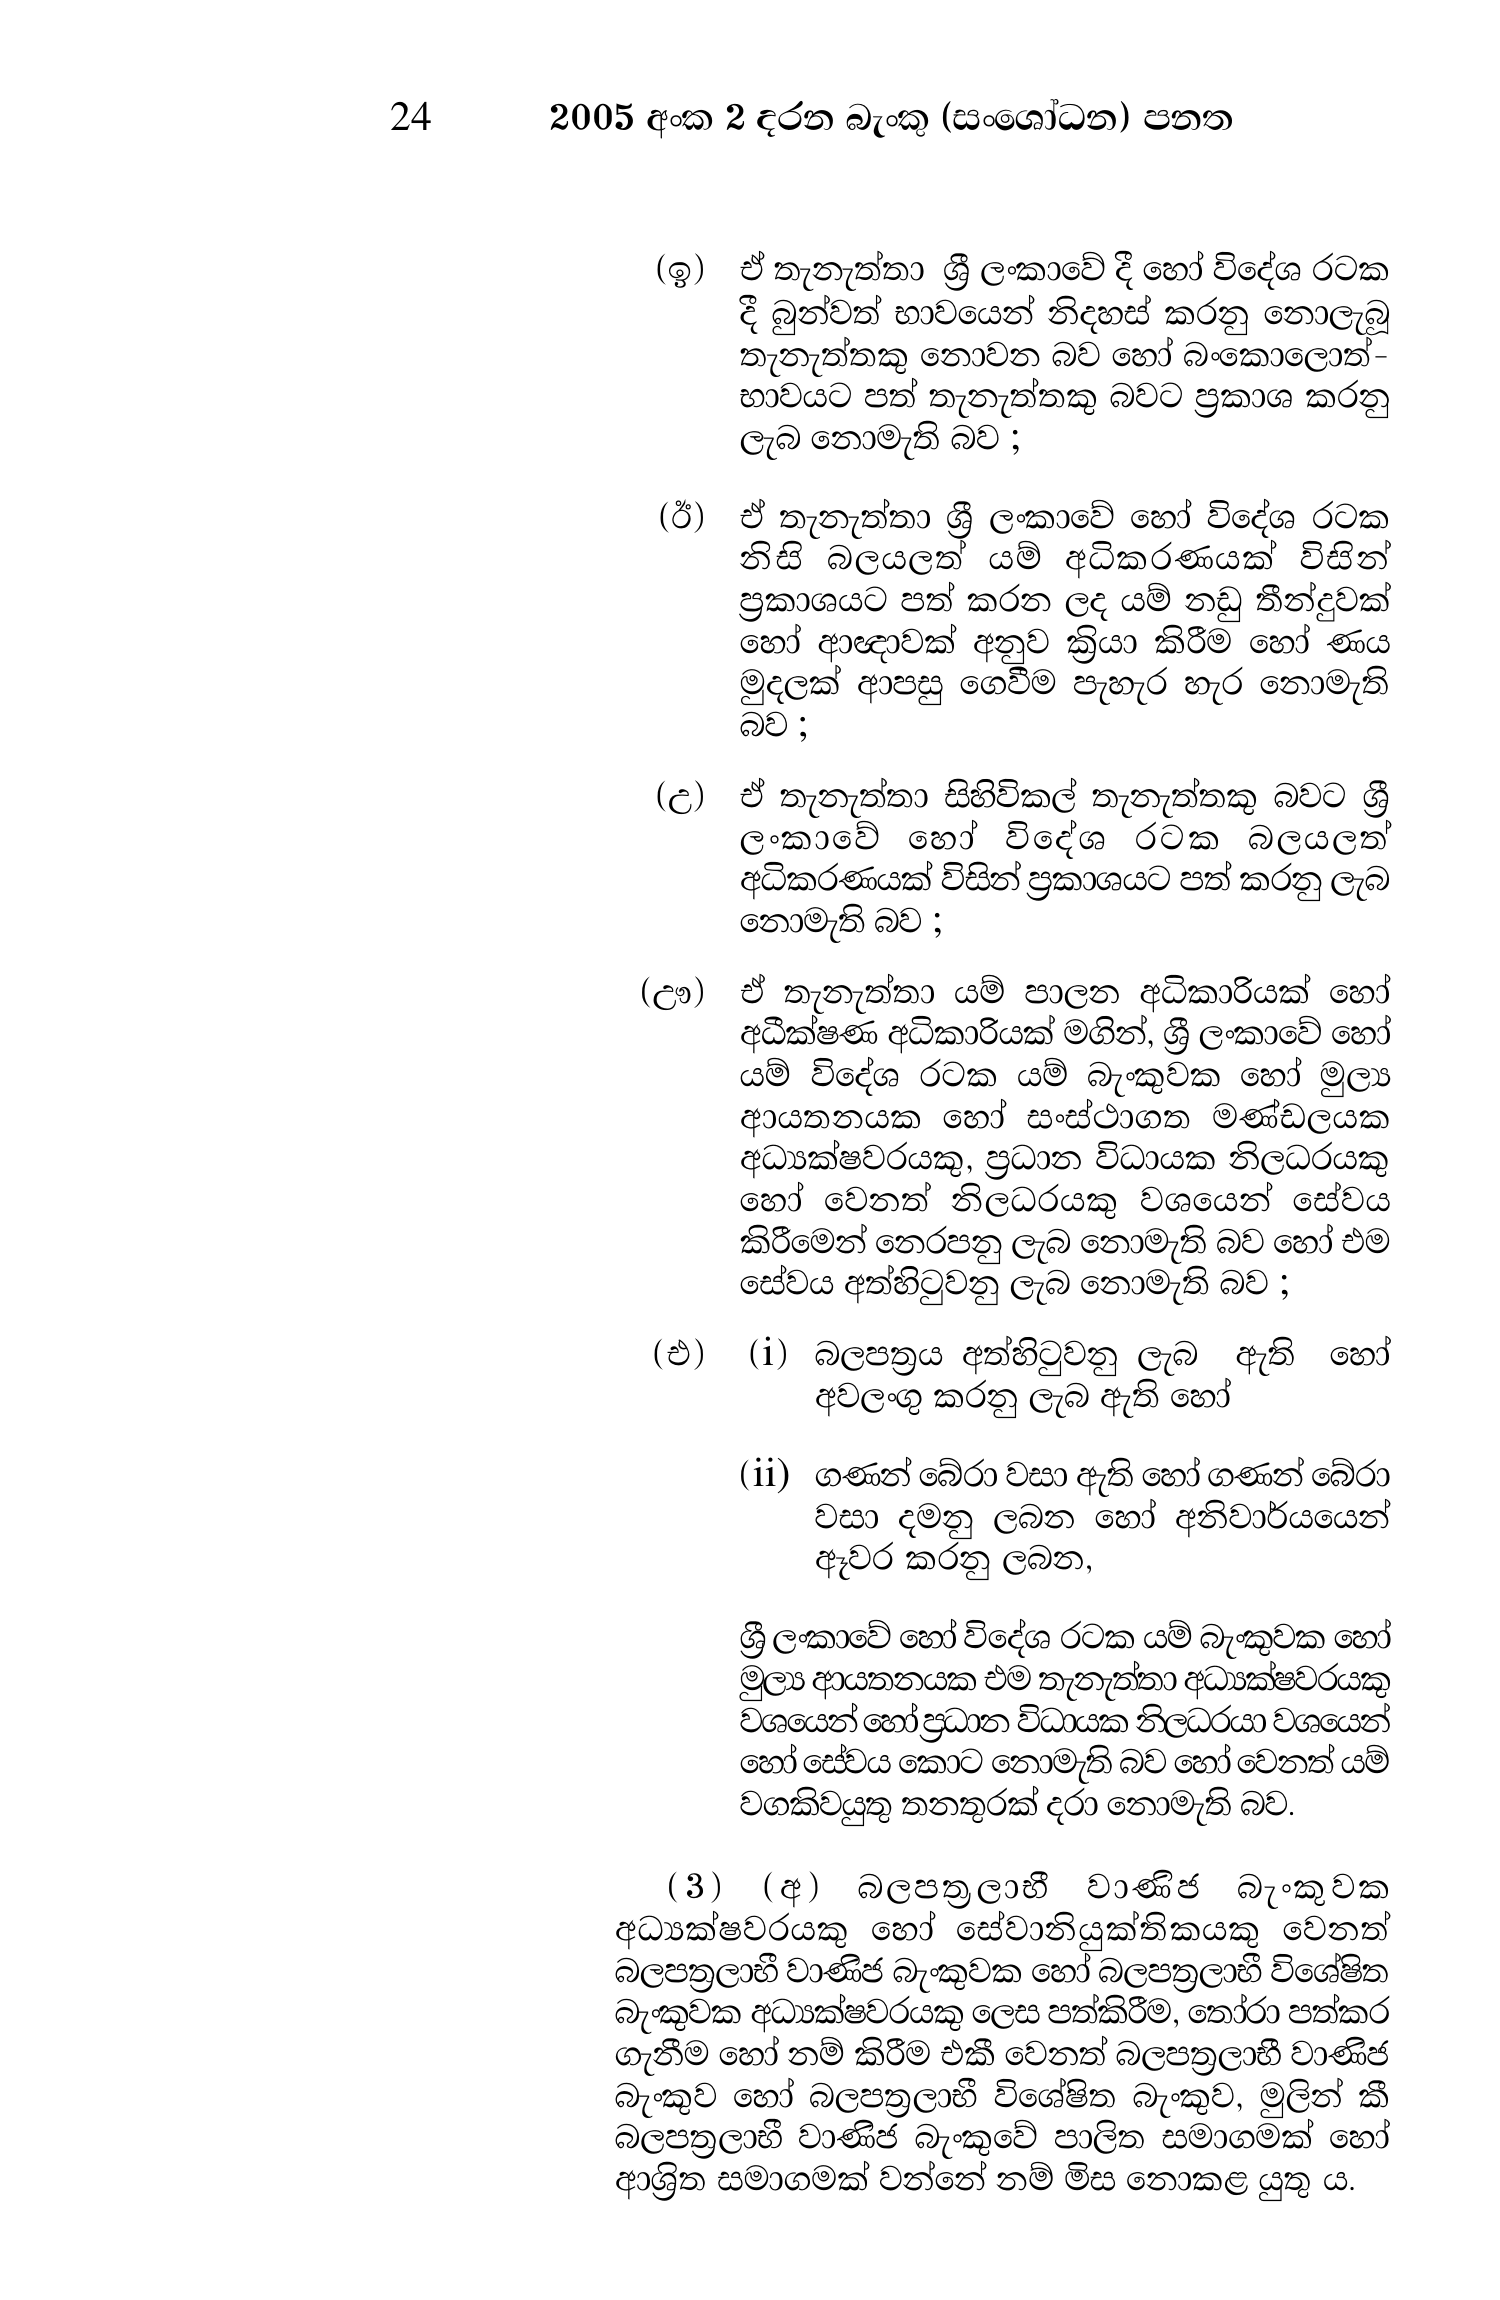
24 2005 අංක 2 දරන බැංකු (සංශෝධන) පනත

(ඉ) ඒ තැනැත්තා ශ්‍රී ලංකාවේ දී හෝ විදේශ රටක
දී බුන්වත් භාවයෙන් නිදහස් කරනු නොලැබූ
තැනැත්තකු නොවන බව හෝ බංකොලොත්-
භාවයට පත් තැනැත්තකු බවට ප්‍රකාශ කරනු
ලැබ නොමැති බව ;

(ඊ) ඒ තැනැත්තා ශ්‍රී ලංකාවේ හෝ විදේශ රට
නිසි බලයලත් යම් අධිකරණයක් විසින්
ප්‍රකාශයට පත් කරන ලද යම් නඩු තීන්දුවක්
හෝ ආඥාවක් අනුව ක්‍රියා කිරීම හෝ ණය
මුදලක් ආපසු ගෙවීම පැහැර හැර නොමැති
බව ;

(උ) ඒ තැනැත්තා සිහිවිකල් තැනැත්තකු බවට ශ්‍රී
ලංකාවේ හෝ විදේශ රටක බලයලත්
අධිකරණයක් විසින් ප්‍රකාශයට පත් කරනු ලැබ
නොමැති බව ;

(ඌ) ඒ තැනැත්තා යම් පාලන අධිකාරියක් හෝ
අධීක්ෂණ අධිකාරියක් මගින්, ශ්‍රී ලංකාවේ හෝ
යම් විදේශ රටක යම් බැංකුවක හෝ මුල්‍ය
ආයතනයක හෝ සංස්ථාගත මණ්ඩලයක
අධ්‍යක්ෂවරයකු, ප්‍රධාන විධායක නිලධරයකු
හෝ වෙනත් නිලධරයකු වශයෙන් සේවය
කිරීමෙන් නෙරපනු ලැබ නොමැති බව හෝ එම
සේවය අත්හිටුවනු ලැබ නොමැති බව ;

(එ) (i) බලපත්‍රය අත්හිටුවනු ලැබ ඇති හෝ
අවලංගු කරනු ලැබ ඇති හෝ

(ii) ගණන් බේරා වසා ඇති හෝ ගණන් බේරා
වසා දමනු ලබන හෝ අනිවාර්යයෙන්
ඈවර කරනු ලබන,

ශ්‍රී ලංකාවේ හෝ විදේශ රටක යම් බැංකුවක හෝ
මුල්‍ය ආයතනයක එම තැනැත්තා අධ්‍යක්ෂවරයකු
වශයෙන් හෝ ප්‍රධාන විධායක නිලධරයා වශයෙන්
හෝ සේවය කොට නොමැති බව හෝ වෙනත් යම්
වගකිවයුතු තනතුරක් දරා නොමැති බව.

(3) (අ) බලපත්‍රලාභී වාණිජ බැංකුවක
අධ්‍යක්ෂවරයකු හෝ සේවානියුක්තිකයකු වෙනත්
බලපත්‍රලාභී වාණිජ බැංකුවක හෝ බලපත්‍රලාභී විශේෂිත
බැංකුවක අධ්‍යක්ෂවරයකු ලෙස පත්කිරීම, තෝරා පත්කර
ගැනීම හෝ නම් කිරීම එකී වෙනත් බලපත්‍රලාභී වාණිජ
බැංකුව හෝ බලපත්‍රලාභී විශේෂිත බැංකුව, මුලින් කී
බලපත්‍රලාභී වාණිජ බැංකුවේ පාලිත සමාගමක් හෝ
ආශ්‍රිත සමාගමක් වන්නේ නම් මිස නොකළ යුතු ය.